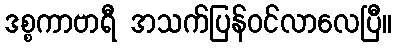
ဒစ္စကာဗာရီ အသက်ပြန်ဝင်လာလေပြီ။